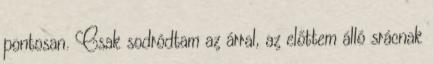
pontosan. Csak sodródtam az árral, az előttem álló srácnak